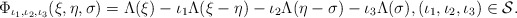
\begin{align*}\Phi_{\iota_1, \iota_2, \iota_3}(\xi, \eta, \sigma) = \Lambda(\xi) - \iota_1 \Lambda(\xi-\eta) -\iota_2\Lambda(\eta-\sigma) - \iota_3 \Lambda(\sigma), (\iota_1, \iota_2, \iota_3)\in \mathcal{S}.\end{align*}